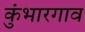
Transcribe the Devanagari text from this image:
कुंभारगाव